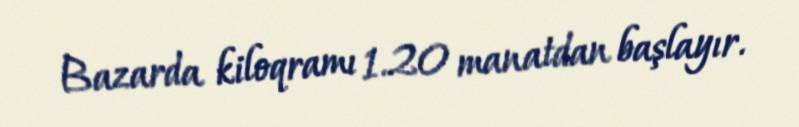
Bazarda kiloqramı 1.20 manatdan başlayır.